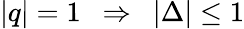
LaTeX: |q|=1\ \ \Rightarrow\ \ |\Delta|\leq 1